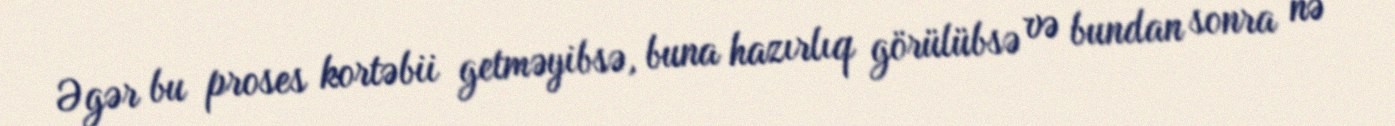
Əgər bu proses kortəbii getməyibsə, buna hazırlıq görülübsə və bundan sonra nə